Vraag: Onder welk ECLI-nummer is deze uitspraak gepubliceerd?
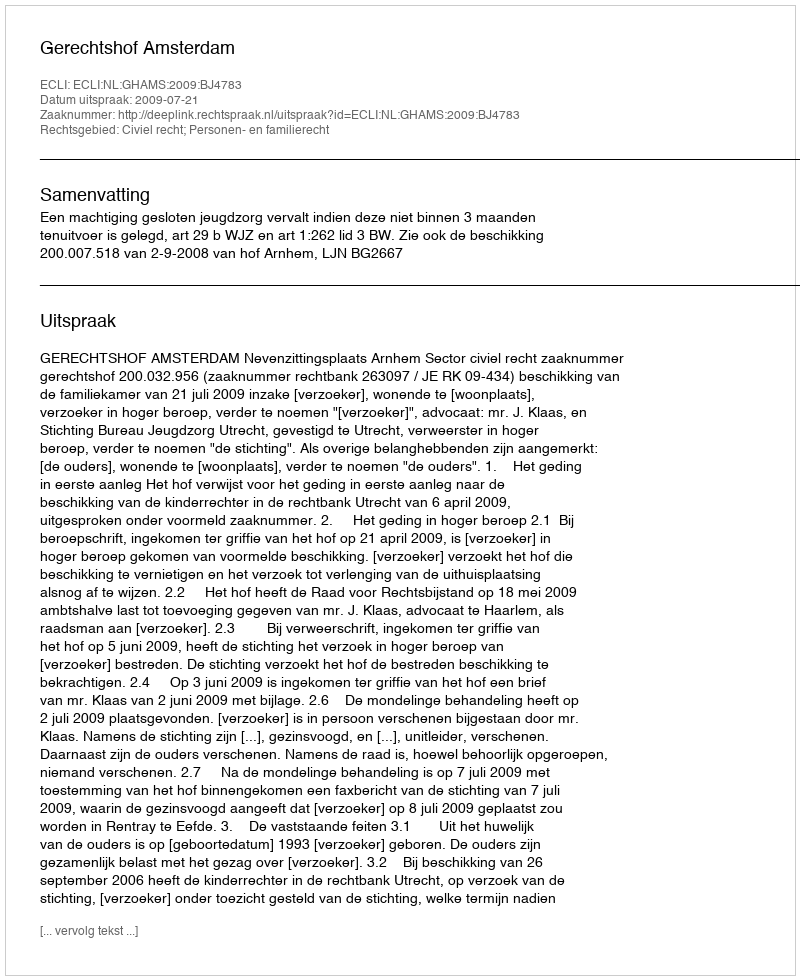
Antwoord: ECLI:NL:GHAMS:2009:BJ4783